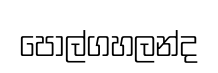
පොල්ගහලන්ද